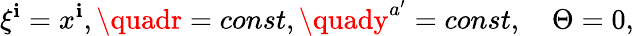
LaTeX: \xi^{\mathbf{i}}=x^{\mathbf{i}},\quadr=const,\quady^{a^{\prime}}=const,\quad\Theta=0,